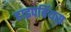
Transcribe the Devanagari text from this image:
हाइपबिंयस